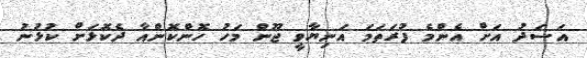
އަސަދު އަށް އެންމެ ފުރަތަމަ އަނިޔާވީ ޖޫން މަހު ހޮންކޮންއާ ދެކޮޅަށް ކުޅުނު